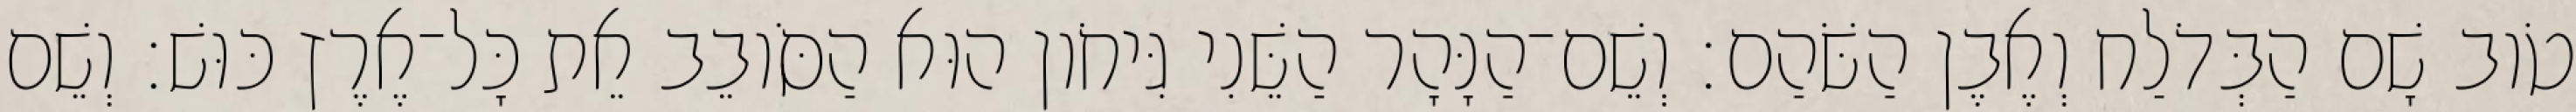
טֹוב שָׁם הַבְּדֹלַח וְאֶבֶן הַשֹּׁהַם׃ וְשֵׁם־הַנָּהָר הַשֵּׁנִי גִּיחֹון הוּא הַסֹּובֵב אֵת כָּל־אֶרֶץ כּוּשׁ׃ וְשֵׁם